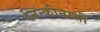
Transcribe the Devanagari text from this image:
निन्कीनासी